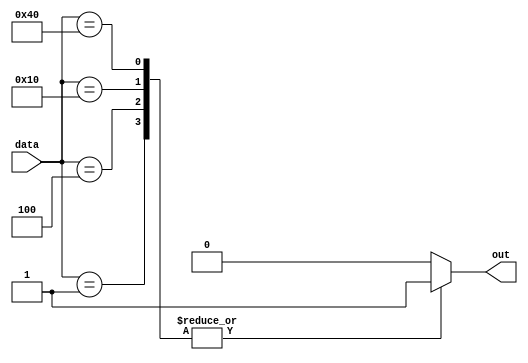
module Encoder(input [7:0] data,
                 output reg out);

always @(*)
begin
    case(data)
        8'b00000001 : out = 1; // Encode input data to output signal
        8'b00000010 : out = 2;
        8'b00000100 : out = 3;
        8'b00001000 : out = 4;
        8'b00010000 : out = 5;
        8'b00100000 : out = 6;
        8'b01000000 : out = 7;
        8'b10000000 : out = 8;
        default : out = 0; // Set default output signal
    endcase
end

endmodule